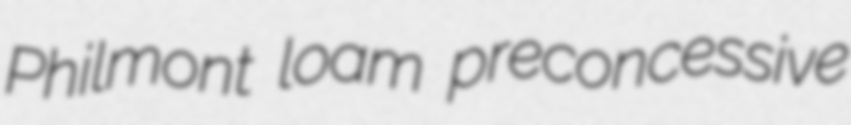
Philmont loam preconcessive